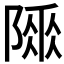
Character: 𨻌